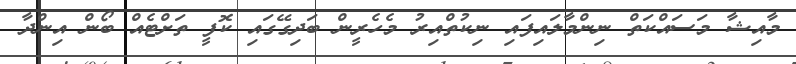
މާއިޝާ މަސައްކަތް ނިންމާލައިފައި ނިކުތްއިރު މެހެރީން ބަދިގޭގައި ކޮފީ ތަށްޓެއް ބޯން އިންދާ